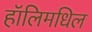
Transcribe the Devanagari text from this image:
हॉलिमधिल